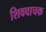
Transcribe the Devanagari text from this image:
शिववाचक